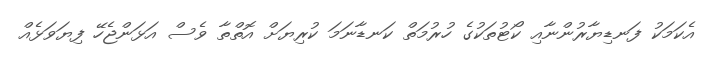
އެކަމަކު ފަނޑިޔާރުންނާއި ކޯޓުތަކުގެ ހުރުމަތް ކަނޑާނަމަ ކުރިޔަށް އޮތްތާ ވެސް އަޅަންޖެހޭ ފިޔަވަޅެއް